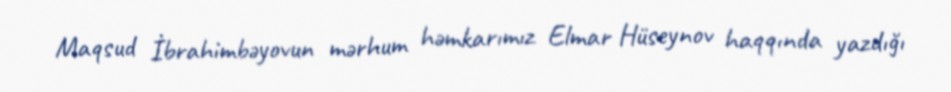
Maqsud İbrahimbəyovun mərhum həmkarımız Elmar Hüseynov haqqında yazdığı